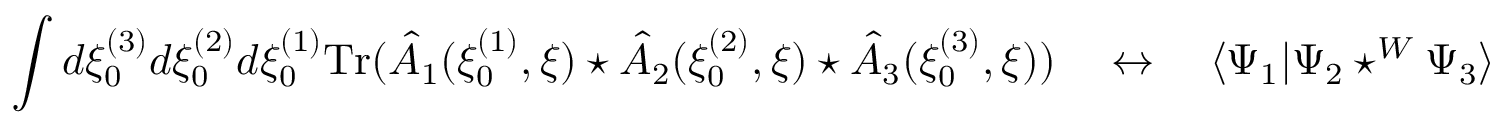
\int d \xi _ { 0 } ^ { ( 3 ) } d \xi _ { 0 } ^ { ( 2 ) } d \xi _ { 0 } ^ { ( 1 ) } \mathrm { T r } ( \hat { A } _ { 1 } ( \xi _ { 0 } ^ { ( 1 ) } , \xi ) \star \hat { A } _ { 2 } ( \xi _ { 0 } ^ { ( 2 ) } , \xi ) \star \hat { A } _ { 3 } ( \xi _ { 0 } ^ { ( 3 ) } , \xi ) ) ~ ~ ~ \leftrightarrow ~ ~ ~ \langle \Psi _ { 1 } | \Psi _ { 2 } \star ^ { W } \Psi _ { 3 } \rangle